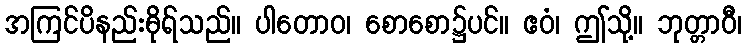
အကြင်ပိနည်းဓိုရ်သည်။ ပါတောဝ၊ စောစော၌ပင်။ ဧဝံ၊ ဤသို့။ ဘုတ္တာဝီ၊